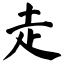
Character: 走